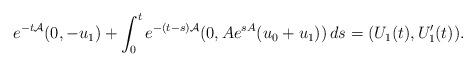
LaTeX: \begin{align*}e^{-t\mathcal{A}}(0,-u_{1})+\int_0^te^{-(t-s)\mathcal{A}}(0,Ae^{sA}(u_{0}+u_{1}))\,ds=(U_1(t),U_1'(t)).\end{align*}